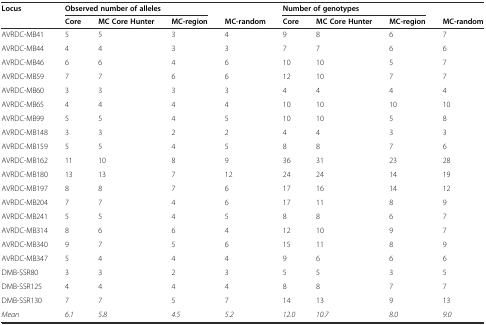
<table><thead><tr><td><b>Locus</b></td><td colspan="3"><b>Observed number of alleles</b></td><td></td><td colspan="3"><b>Number of genotypes</b></td><td></td></tr><tr><td></td><td><b>Core</b></td><td><b>MC Core Hunter</b></td><td><b>MC-region</b></td><td><b>MC-random</b></td><td><b>Core</b></td><td><b>MC Core Hunter</b></td><td><b>MC-region</b></td><td><b>MC-random</b></td></tr></thead><tbody><tr><td>AVRDC-MB41</td><td>5</td><td>5</td><td>3</td><td>4</td><td>9</td><td>8</td><td>6</td><td>7</td></tr><tr><td>AVRDC-MB44</td><td>4</td><td>4</td><td>3</td><td>3</td><td>7</td><td>7</td><td>6</td><td>6</td></tr><tr><td>AVRDC-MB46</td><td>6</td><td>6</td><td>4</td><td>6</td><td>10</td><td>10</td><td>5</td><td>7</td></tr><tr><td>AVRDC-MB59</td><td>7</td><td>7</td><td>6</td><td>6</td><td>12</td><td>10</td><td>7</td><td>7</td></tr><tr><td>AVRDC-MB60</td><td>3</td><td>3</td><td>3</td><td>3</td><td>4</td><td>4</td><td>4</td><td>4</td></tr><tr><td>AVRDC-MB65</td><td>4</td><td>4</td><td>4</td><td>4</td><td>10</td><td>10</td><td>10</td><td>10</td></tr><tr><td>AVRDC-MB99</td><td>5</td><td>5</td><td>4</td><td>5</td><td>10</td><td>10</td><td>5</td><td>8</td></tr><tr><td>AVRDC-MB148</td><td>3</td><td>3</td><td>2</td><td>2</td><td>4</td><td>4</td><td>3</td><td>3</td></tr><tr><td>AVRDC-MB159</td><td>5</td><td>5</td><td>4</td><td>5</td><td>8</td><td>8</td><td>7</td><td>6</td></tr><tr><td>AVRDC-MB162</td><td>11</td><td>10</td><td>8</td><td>9</td><td>36</td><td>31</td><td>23</td><td>28</td></tr><tr><td>AVRDC-MB180</td><td>13</td><td>13</td><td>7</td><td>12</td><td>24</td><td>24</td><td>14</td><td>19</td></tr><tr><td>AVRDC-MB197</td><td>8</td><td>8</td><td>7</td><td>6</td><td>17</td><td>16</td><td>14</td><td>12</td></tr><tr><td>AVRDC-MB204</td><td>7</td><td>7</td><td>4</td><td>6</td><td>17</td><td>11</td><td>8</td><td>9</td></tr><tr><td>AVRDC-MB241</td><td>5</td><td>5</td><td>4</td><td>5</td><td>8</td><td>8</td><td>6</td><td>7</td></tr><tr><td>AVRDC-MB314</td><td>8</td><td>6</td><td>6</td><td>4</td><td>12</td><td>10</td><td>9</td><td>7</td></tr><tr><td>AVRDC-MB340</td><td>9</td><td>7</td><td>5</td><td>6</td><td>15</td><td>11</td><td>8</td><td>9</td></tr><tr><td>AVRDC-MB347</td><td>5</td><td>4</td><td>4</td><td>4</td><td>9</td><td>6</td><td>6</td><td>6</td></tr><tr><td>DMB-SSR80</td><td>3</td><td>3</td><td>2</td><td>3</td><td>5</td><td>5</td><td>3</td><td>5</td></tr><tr><td>DMB-SSR125</td><td>4</td><td>4</td><td>4</td><td>4</td><td>8</td><td>8</td><td>7</td><td>7</td></tr><tr><td>DMB-SSR130</td><td>7</td><td>7</td><td>5</td><td>7</td><td>14</td><td>13</td><td>9</td><td>13</td></tr><tr><td><i>Mean</i></td><td><i>6.1</i></td><td><i>5.8</i></td><td><i>4.5</i></td><td><i>5.2</i></td><td><i>12.0</i></td><td><i>10.7</i></td><td><i>8.0</i></td><td><i>9.0</i></td></tr></tbody></table>